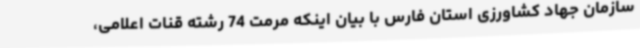
سازمان جهاد کشاورزی استان فارس با بیان اینکه مرمت 74 رشته قنات اعلامی،